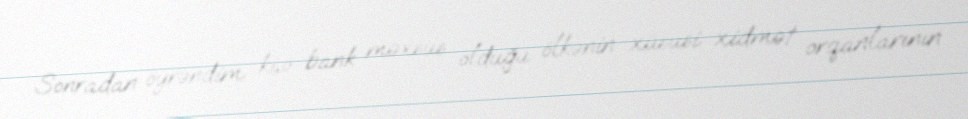
Sonradan öyrəndim ki,o bank məxsus olduğu ölkənin xüsusi xidmət orqanlarının